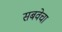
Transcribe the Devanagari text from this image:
सबवेचा